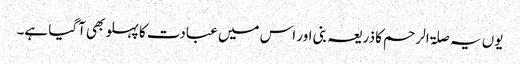
یوں یہ صلۃ الرحم کا ذریعہ بنی اور اس میں عبادت کا پہلو بھی آگیا ہے۔